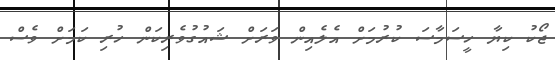
ޖޯކު ކިޔާ ހީސަމާސަ ކުރުމަށް އެލެއިން ވަރަށް ޝައުގުވެރިކަން ހުރި ކަމަށް ވެސް